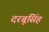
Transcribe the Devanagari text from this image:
दरबूसिंह